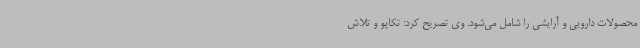
محصولات دارویی و آرایشی را شامل می‌شود. وی تصریح کرد: تکاپو و تلاش